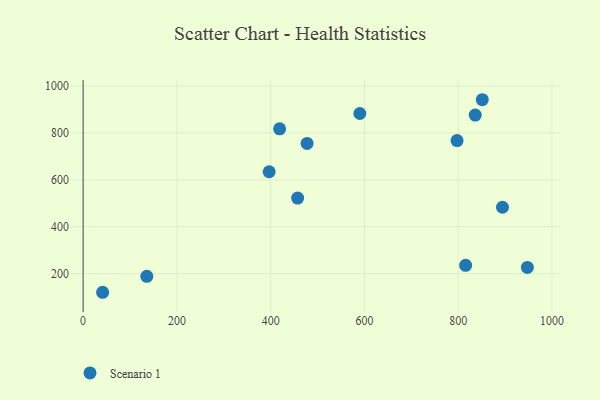
{"axis": {"x": "Distance", "y": "Profit"}, "legend": ["Scenario 1"], "data": [{"x": "797.6", "y": 767.5, "type": "Scenario 1"}, {"x": "396.8", "y": 634.7, "type": "Scenario 1"}, {"x": "836.4", "y": 876.5, "type": "Scenario 1"}, {"x": "815.9", "y": 235.8, "type": "Scenario 1"}, {"x": "947.6", "y": 226.9, "type": "Scenario 1"}, {"x": "894.5", "y": 483.3, "type": "Scenario 1"}, {"x": "477.7", "y": 755.6, "type": "Scenario 1"}, {"x": "851.4", "y": 941.8, "type": "Scenario 1"}, {"x": "419.1", "y": 817.7, "type": "Scenario 1"}, {"x": "457.6", "y": 522.3, "type": "Scenario 1"}, {"x": "41.6", "y": 120.8, "type": "Scenario 1"}, {"x": "590.2", "y": 883.0, "type": "Scenario 1"}, {"x": "135.8", "y": 188.9, "type": "Scenario 1"}]}